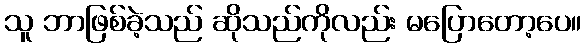
သူ ဘာဖြစ်ခဲ့သည် ဆိုသည်ကိုလည်း မပြောတော့ပေ။